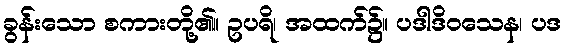
ခွန်းသော စကားတို့၏။ ဥပရိ၊ အထက်၌။ ပဒါဒိဝသေန၊ ပဒ